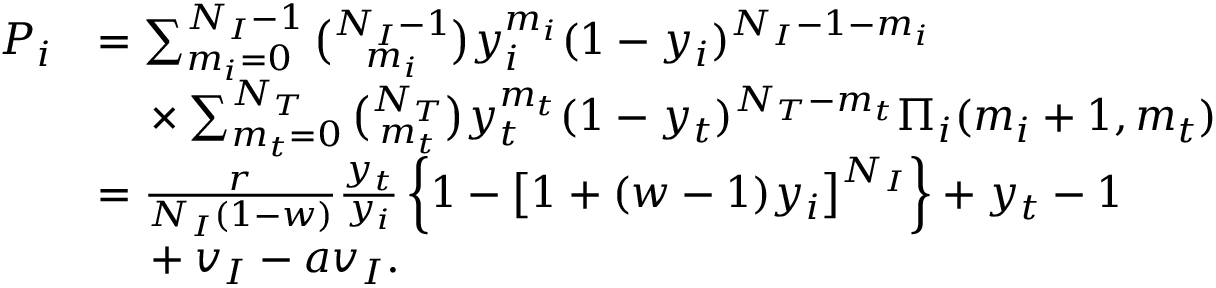
\begin{array} { r l } { P _ { i } } & { = \sum _ { m _ { i } = 0 } ^ { N _ { I } - 1 } \binom { N _ { I } - 1 } { m _ { i } } y _ { i } ^ { m _ { i } } ( 1 - y _ { i } ) ^ { N _ { I } - 1 - m _ { i } } } \\ & { \mathrm { \quad } \times \sum _ { m _ { t } = 0 } ^ { N _ { T } } \binom { N _ { T } } { m _ { t } } y _ { t } ^ { m _ { t } } ( 1 - y _ { t } ) ^ { N _ { T } - m _ { t } } \Pi _ { i } ( m _ { i } + 1 , m _ { t } ) } \\ & { = \frac { r } { N _ { I } ( 1 - w ) } \frac { y _ { t } } { y _ { i } } \left\{ 1 - \left[ 1 + ( w - 1 ) y _ { i } \right] ^ { N _ { I } } \right\} + y _ { t } - 1 } \\ & { \mathrm { \quad } + v _ { I } - a v _ { I } . } \end{array}